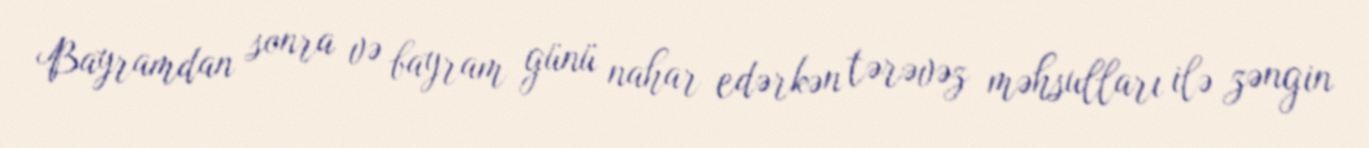
Bayramdan sonra və bayram günü nahar edərkən tərəvəz məhsulları ilə zəngin